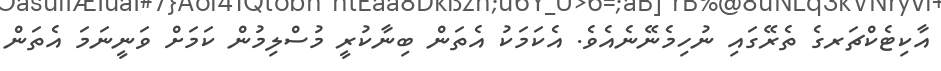
އާކިޓެކްޗަރގެ ތެރޭގައި ނުހިމެނޭނެއެވެ. އެކަމަކު އެތަން ބިނާކުރީ މުސްލިމުން ކަމަށް ވަނީނަމަ އެތަން